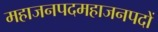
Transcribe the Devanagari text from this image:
महाजनपदमहाजनपदों